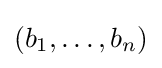
(b_{1},\ldots ,b_{n})